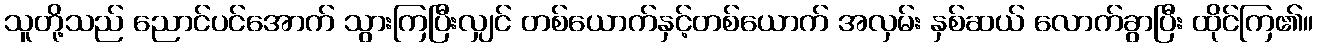
သူတို့သည် ညောင်ပင်အောက် သွားကြပြီးလျှင် တစ်ယောက်နှင့်တစ်ယောက် အလှမ်း နှစ်ဆယ် လောက်ခွာပြီး ထိုင်ကြ၏။